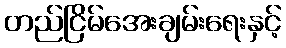
တည်ငြိမ်အေးချမ်းရေးနှင့်